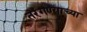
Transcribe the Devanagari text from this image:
तरंगण्याच्या